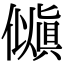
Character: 𫣵